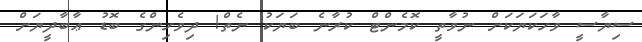
ސިޔާސީ ވާހަކަޔަކަށް ނުވާތީ ކޮމެންޓް ކުރާނެ ބަޔަކު ނެތް! ދިވެހިންގެ ބޮޑު ޢާބާދީޔަށް